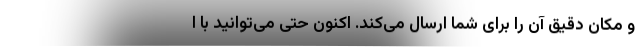
و مکان دقیق آن را برای شما ارسال می‌کند. اکنون حتی می‌توانید با ا